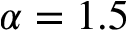
\alpha = 1 . 5